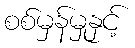
စစ်မှန်မှုနှင့်